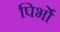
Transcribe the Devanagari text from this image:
पिर्भो